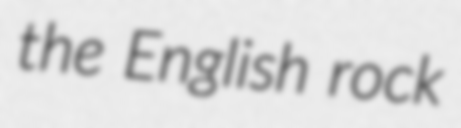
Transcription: the English rock